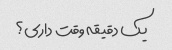
یک دقیقه وقت داری؟